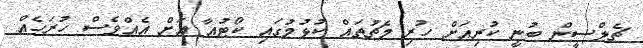
ޗެލްސީން ބުނީ ކުރިއަށް ހުރި މެޗުތައް ކުޅުމުގައި ކޯޓުއާ އަށް އެއްވެސް ހުރަހެއް